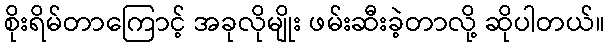
စိုးရိမ်တာကြောင့် အခုလိုမျိုး ဖမ်းဆီးခဲ့တာလို့ ဆိုပါတယ်။